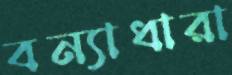
বন্যাধারা